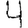
Digit: 4